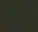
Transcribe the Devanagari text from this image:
ब्र्युरी